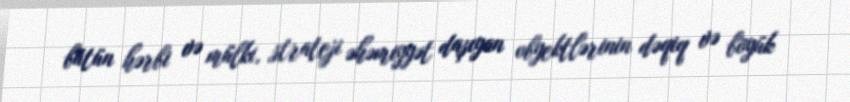
bütün hərbi və mülki, strateji əhəmiyyət daşıyan obyektlərinin dəqiq və böyük